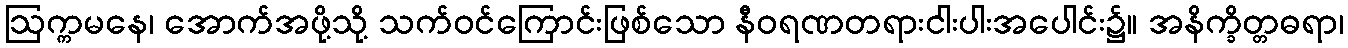
ဩက္ကမနေ၊ အောက်အဖို့သို့ သက်ဝင်ကြောင်းဖြစ်သော နီဝရဏတရားငါးပါးအပေါင်း၌။ အနိက္ခိတ္တဓရာ၊